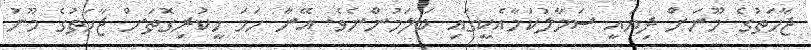
ޖާހަތުގެ މޫނަށް ދިޔައީ ސަމާލުކަމާއެކީގައި ބަލަމުންނެވެ. އޭނާ ހަމަ ހީކުރިގޮތަށް ޖާހަތުގެ މޫނު